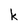
Character: k